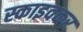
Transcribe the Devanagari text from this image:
स्काइवकर